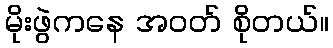
မိုးဖွဲကနေ အဝတ် စိုတယ်။